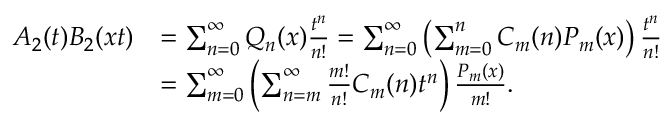
\begin{array} { r l } { A _ { 2 } ( t ) B _ { 2 } ( x t ) } & { = \sum _ { n = 0 } ^ { \infty } Q _ { n } ( x ) { \frac { t ^ { n } } { n ! } } = \sum _ { n = 0 } ^ { \infty } \left( \sum _ { m = 0 } ^ { n } C _ { m } ( n ) P _ { m } ( x ) \right) { \frac { t ^ { n } } { n ! } } } \\ & { = \sum _ { m = 0 } ^ { \infty } \left( \sum _ { n = m } ^ { \infty } { \frac { m ! } { n ! } } C _ { m } ( n ) t ^ { n } \right) { \frac { P _ { m } ( x ) } { m ! } } . } \end{array}